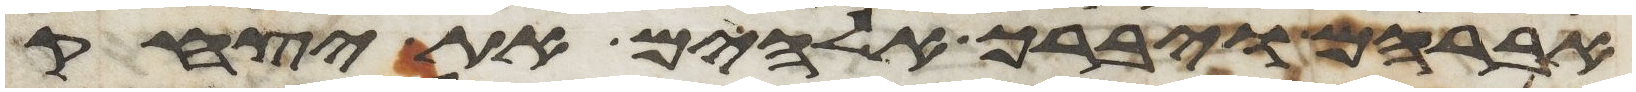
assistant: אברהם ויברך אלהים את יצחק